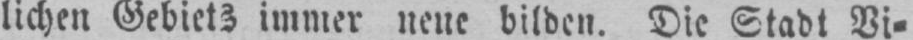
lichen Gebiets immer neue bilden. Die Stadt Vi⸗